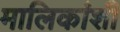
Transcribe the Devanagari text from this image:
मालिकांशी